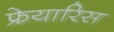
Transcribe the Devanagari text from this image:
फ्रेयारिस